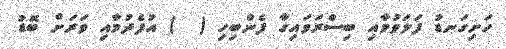
ހަށިގަނޑު ފަލަވުމާއި ބިސްރަވައިގާ ފެންބިހި (  ) އުފެދުމާއި ވަރަށް ބޮޑު